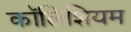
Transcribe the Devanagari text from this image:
कॉलिशियम